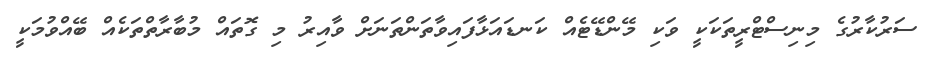
ސަރުކާރުގެ މިނިސްޓްރީތަކަކީ ވަކި މޭންޑޭޓެއް ކަނޑައަޅާފައިވާތަންތަނަށް ވާއިރު މި ގޮތައް މުބާރާތްތަކެއް ބޭއްވުމަކީ